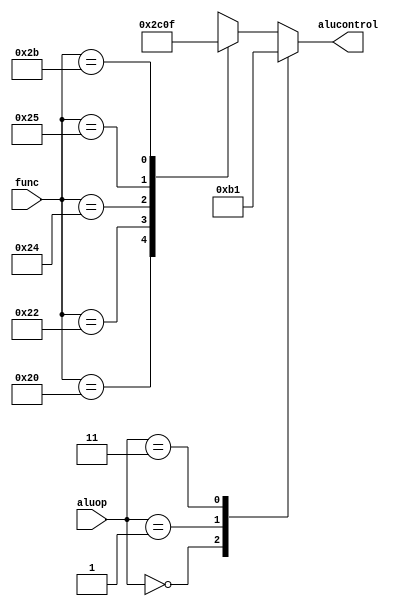
module aludec(func, aluop, alucontrol);
input   [5:0] func;
input   [1:0] aluop;
output reg [2:0] alucontrol;

always @(aluop, func)
begin
    case(aluop)
      2'b00: alucontrol <= 3'b010;  // add
      2'b01: alucontrol <= 3'b110;  // sub
      2'b11: alucontrol <= 3'b001;  // ori
      default: case(func)          // RTYPE
          6'b100000: alucontrol <= 3'b010; // add
          6'b100010: alucontrol <= 3'b110; // sub
          6'b100100: alucontrol <= 3'b000; // and
          6'b100101: alucontrol <= 3'b001; // or
          6'b101011: alucontrol <= 3'b111; // sltu
          default:   alucontrol <= 3'bxxx; // ???
        endcase
    endcase
end

endmodule